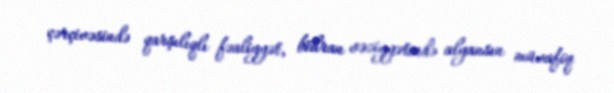
çərçivəsində qarşılıqlı fəaliyyət, böhran vəziyyətində alyansın müvafiq